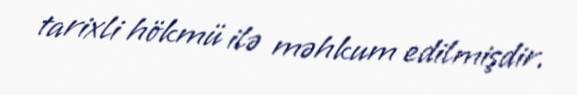
tarixli hökmü ilə məhkum edilmişdir.